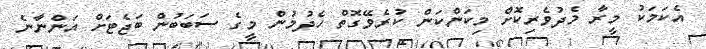
އެކަމަކު މީރާ މެދުވެރިކޮށް މިކަންކަން ކުރެވޭގޮތް ހެދުމުން މީގެ ސަބަބުން ބަޖެޓަށް އަންނާނެ